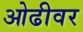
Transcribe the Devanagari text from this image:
ओढीवर